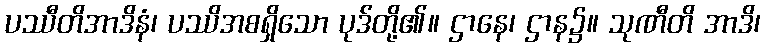
ပဿီတိအာဒိနံ၊ ပဿိအစရှိသော ပုဒ်တို့၏။ ဌာနေ၊ ဌာန၌။ သုဏီတိ အာဒိ၊